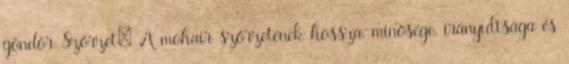
göndör Szőrzet: A mohair szőrzetének hossza, minősége, irányultsága és